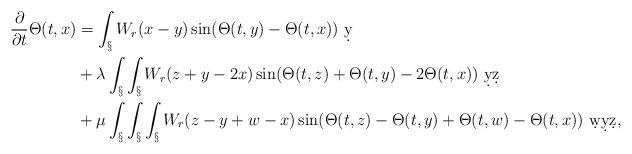
LaTeX: \begin{align*}\frac{\partial}{\partial t}\Theta(t,x) &= \int_\S W_r(x-y) \sin(\Theta(t,y)-\Theta(t,x))\ \d y\\&+ \lambda \int_\S\int_\S W_r(z+y-2x) \sin(\Theta(t,z)+\Theta(t,y) - 2\Theta(t,x))\ \d y\d z\\&+ \mu\int_\S\int_\S\int_\S W_r(z-y+w-x) \sin(\Theta(t,z)-\Theta(t,y)+\Theta(t,w)-\Theta(t,x))\ \d w \d y \d z,\end{align*}